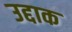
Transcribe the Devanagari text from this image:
उद्दाक